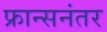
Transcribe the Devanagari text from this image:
फ्रान्सनंतर